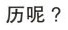
历呢？